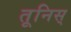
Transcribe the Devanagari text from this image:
तूनिस्